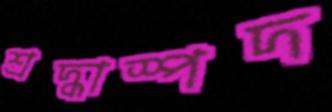
শ্রদ্ধাস্পদ